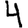
Digit: 4